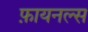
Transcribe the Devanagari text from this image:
फ़ायनल्स